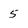
Character: 5